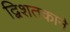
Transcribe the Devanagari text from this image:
द्विशतकाने